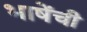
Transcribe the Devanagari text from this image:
भाषेंची